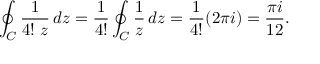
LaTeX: \oint _ { C } { \frac { 1 } { 4 ! \; z } } \, d z = { \frac { 1 } { 4 ! } } \oint _ { C } { \frac { 1 } { z } } \, d z = { \frac { 1 } { 4 ! } } ( 2 \pi i ) = { \frac { \pi i } { 1 2 } } .